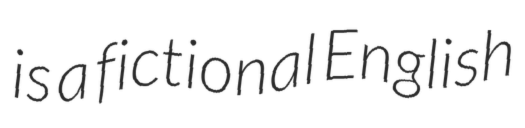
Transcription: is a fictional English